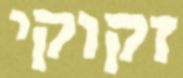
זקוקי